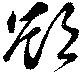
欲